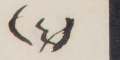
(٤)